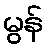
မွန်